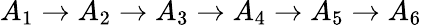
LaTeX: A_{1}\to A_{2}\to A_{3}\to A_{4}\to A_{5}\to A_{6}